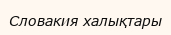
Словакия халықтары